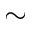
\sim